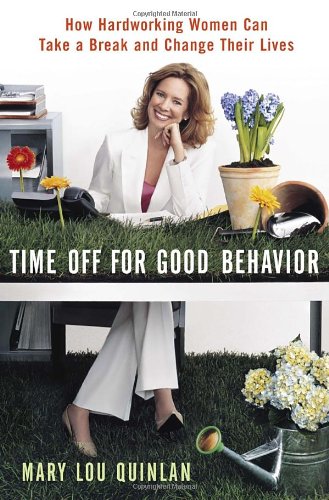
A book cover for Time Off for Good Behavior: How Hardworking Women Can Take a Break and Change Their Lives; Mary Lou Quinlan; Business & Money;